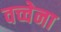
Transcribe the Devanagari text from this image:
वच्चेना